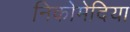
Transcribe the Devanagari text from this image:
निकोमेदिया